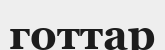
готтар